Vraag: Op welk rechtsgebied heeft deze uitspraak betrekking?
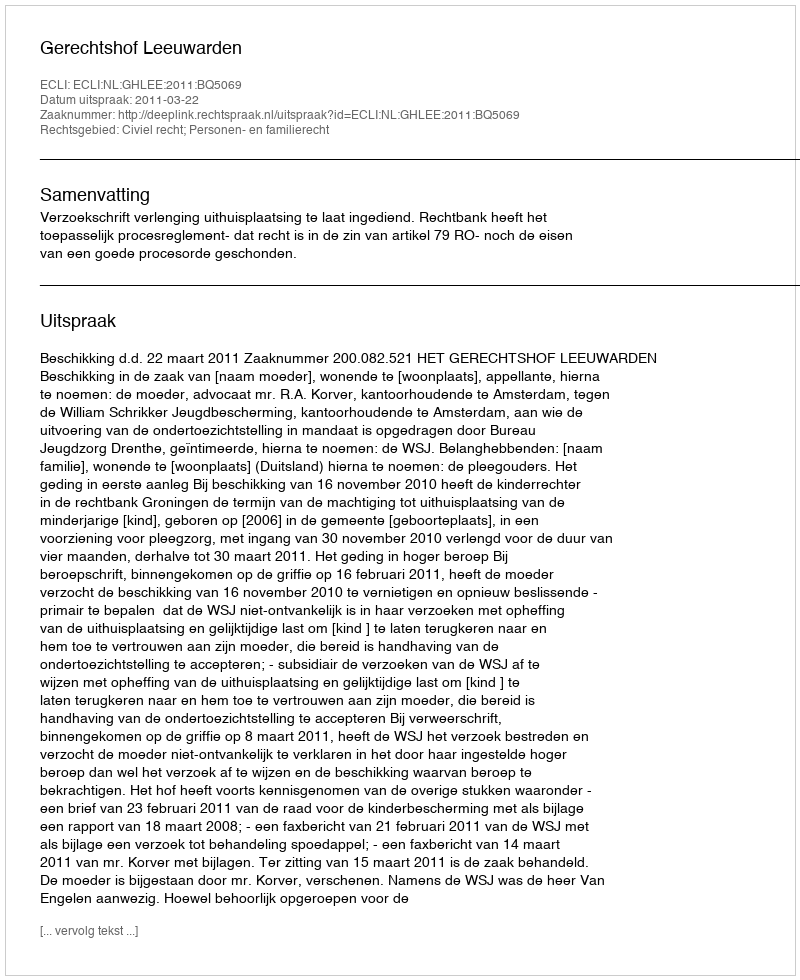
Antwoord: Civiel recht; Personen- en familierecht